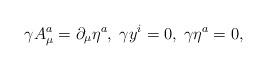
LaTeX: \begin{align*}\gamma A_{\mu }^{a}=\partial _{\mu }\eta ^{a},\;\gamma y^{i}=0,\;\gamma \eta^{a}=0, \end{align*}